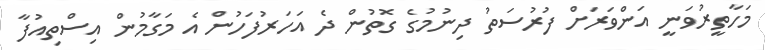
މަހާތީރުވަނީ އަންވަރަށް ފުރުސަތު ދިނުމުގެ ގޮތުން ދެ އަހަރުފަހުން އެ މަގާމުން އިސްތިއުފާ